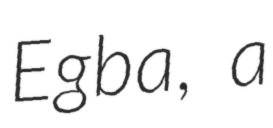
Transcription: Egba, a